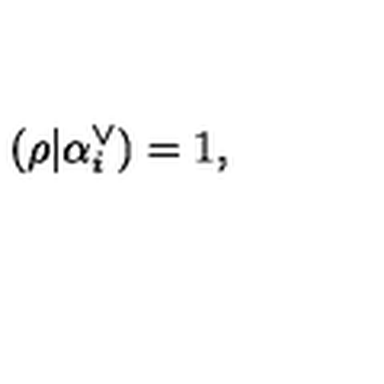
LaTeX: ( \rho | \alpha _ { i } ^ { \vee } ) = 1 ,